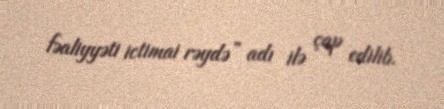
fəaliyyəti ictimai rəydə” adı ilə çap edilib.